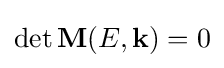
\det {\bf {M}}(E,{\bf {k}})=0